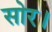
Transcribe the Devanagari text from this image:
सोर।